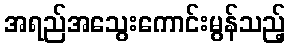
အရည်အသွေးကောင်းမွန်သည့်